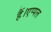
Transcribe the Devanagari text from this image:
हैं।एप्पल